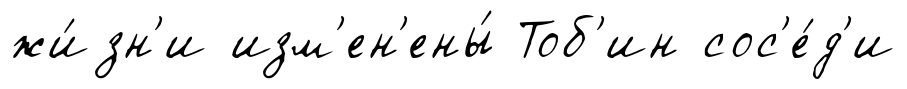
жи́зн'и изм'ен'ены́ Тоб'ин сос'е́д'и